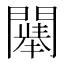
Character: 𲈳